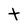
Character: t